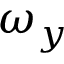
\omega _ { y }